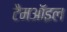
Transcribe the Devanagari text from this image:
टैमऑइल